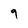
Character: 9